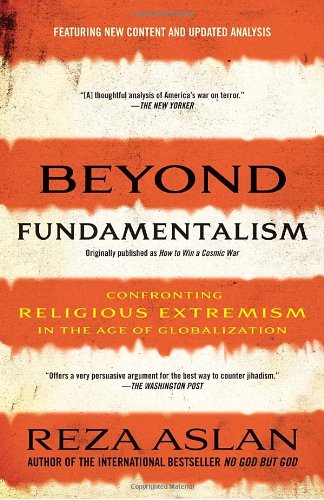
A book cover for Beyond Fundamentalism: Confronting Religious Extremism in the Age of Globalization; Reza Aslan; Religion & Spirituality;